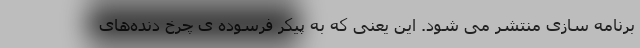
برنامه سازی منتشر می شود. این یعنی که به پیکر فرسوده ی چرخ دنده‌های